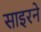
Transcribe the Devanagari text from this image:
साइरने